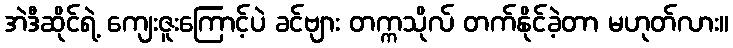
အဲဒီဆိုင်ရဲ့ ကျေးဇူးကြောင့်ပဲ ခင်ဗျား တက္ကသိုလ် တက်နိုင်ခဲ့တာ မဟုတ်လား။